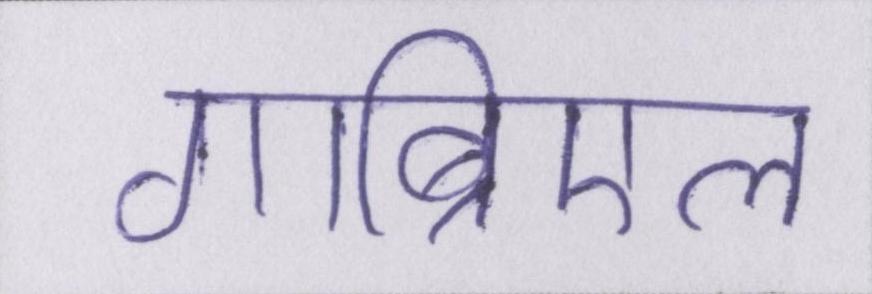
गाब्रिएल